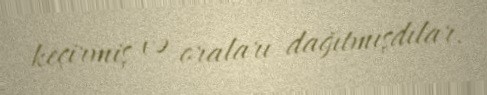
keçirmiş və oraları dağıtmışdılar.